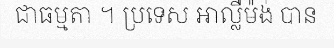
ជាធម្មតា ។ ប្រទេស អាល្លឺម៉ង់ បាន